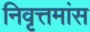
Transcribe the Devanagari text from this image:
निवृत्तमांस